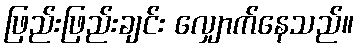
ဖြည်းဖြည်းချင်း လျှောက်နေသည်။